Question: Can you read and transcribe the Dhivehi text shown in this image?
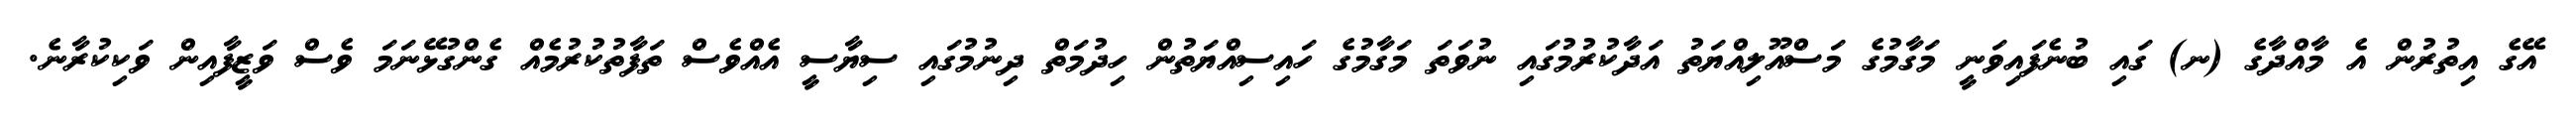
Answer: އޭގެ އިތުރުން އެ މާއްދާގެ (ނ) ގައި ބުނެފައިވަނީ މަގާމުގެ މަސްއޫލިއްޔަތު އަދާކުރުމުގައި ނުވަތަ މަގާމުގެ ހައިސިއްޔަތުން ހިދުމަތް ދިނުމުގައި ސިޔާސީ އެއްވެސް ތަފާތުކުރުމެއް ގެންގުޅޭނަމަ ވެސް ވަޒީފާއިން ވަކިކުރާނެ.